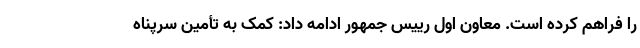
را فراهم کرده است. معاون اول رییس جمهور ادامه داد: کمک به تأمین سرپناه